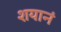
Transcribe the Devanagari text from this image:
शयानं